Lunatic asylums Burma 1907-21 - 1907-1921
Year: 1907
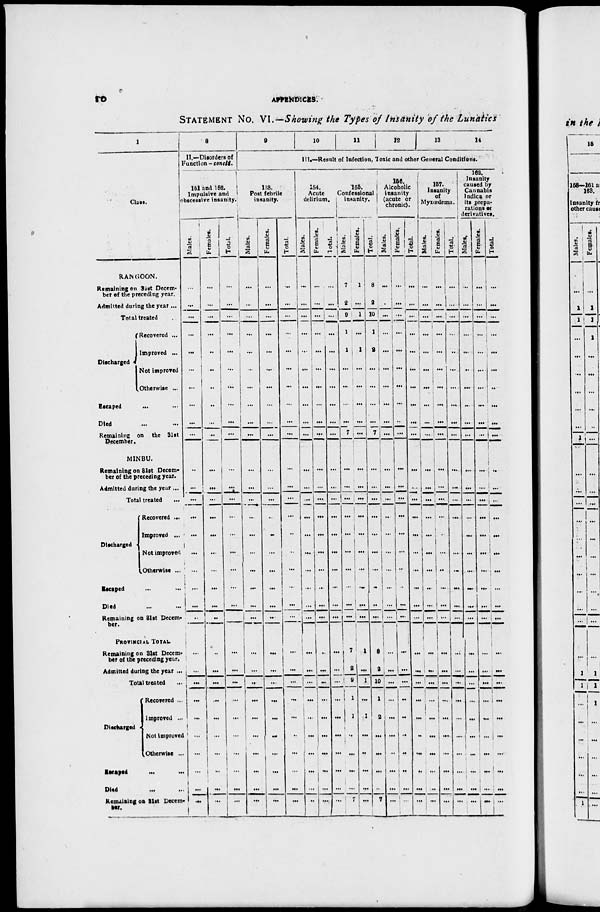
10
APPENDICES
STATEMENT No. VI.—Showing the Types of Insanity of the Lunatics
1
Class.
RANGOON.
Remaining on 31st Decem¬
ber of the preceding year.
Admitted during the year ...
Total treated ...
Discharged
Recovered ...
Improved ...
Not improved
Otherwise ...
Escaped ... ...
Died ... ...
Remaining on the 31st
December.
MINBU.
Remaining on 31st Decem¬
ber of the preceding year.
Admitted during the year ...
Total treated ...
Discharged
Recovered ...
Improved ...
Not improved
Otherwise ...
Escaped ... ...
Died
...
...
Remaining on 31st Decem¬
ber.
PROVINCIAL TOTAL.
Remaining on 31st Decem¬
ber of the preceding year.
Admitted during the year ...
Total treated
...
Discharged
Recovered ...
Improved ...
Not improved
Otherwise ...
Escaped ... ...
Died ...
Remaining on 31st Decem¬
8
II.—Disorders of
Function - concld.
151 and 152.
Impulsive and
obscessive insanity.
Males.
...
...
...
...
...
...
...
...
...
...
...
...
...
...
...
...
...
...
...
...
...
...
...
...
...
...
...
...
...
...
Females.
...
...
...
...
...
...
...
...
...
...
...
...
...
...
...
...
...
...
...
...
...
...
...
...
...
...
...
...
...
...
Total.
...
...
...
...
...
...
...
...
...
...
...
...
...
...
...
...
...
...
...
...
...
...
...
...
...
...
...
. . .
...
...
9
10
11
12
13
14
III.—Result of Infection, Toxic and other General Conditions.
153.
Post febrile
insanity.
Males.
...
...
...
...
...
...
...
...
...
...
...
...
...
...
...
...
...
...
...
...
...
...
...
...
...
...
...
...
...
...
Females.
...
...
...
...
...
...
...
...
...
...
...
...
...
...
...
...
...
...
...
...
...
...
...
...
...
...
...
...
...
...
Total.
...
...
...
...
...
...
...
...
...
...
...
...
...
...
...
...
...
...
...
...
...
...
...
...
...
...
...
...
...
...
154.
Acute
delirium.
Males.
...
...
...
...
...
...
...
...
...
...
...
...
...
...
...
...
...
...
...
...
...
...
...
...
...
...
...
...
...
...
Females.
...
...
...
...
...
...
...
...
...
...
...
...
...
...
...
...
...
...
...
...
...
...
...
...
...
...
...
...
...
...
Total.
...
...
...
...
...
...
...
...
...
...
...
...
...
...
...
...
...
...
...
...
...
...
...
...
...
...
...
...
...
...
155.
Confessional
insanity.
Males.
7
2
9
1
1
...
...
...
...
7
...
...
...
...
...
...
...
...
...
...
7
2
9
1
1
...
...
...
...
7
Females.
1
...
1
...
1
...
...
...
...
...
...
...
...
...
...
...
...
...
...
...
1
...
1
...
1
...
...
...
...
...
Total.
8
2
10
1
2
...
...
...
...
7
...
...
...
...
...
...
...
...
...
...
8
2
10
1
2
...
...
...
...
7
156.
Alcoholic
insanity
(acute or
chronic).
Males.
...
...
...
...
...
...
...
...
...
...
...
...
...
...
...
...
...
...
...
...
...
...
...
...
...
...
...
...
...
...
Females.
...
...
...
...
...
...
...
...
...
...
...
...
...
...
...
...
...
...
...
...
...
... ...
...
..
...
...
...
...
...
Total.
...
...
...
...
...
...
...
...
...
...
...
...
...
...
...
...
...
...
...
...
...
...
...
...
...
...
...
...
...
...
157.
Insanity
of
Myxœdema.
Males.
...
...
...
...
...
...
...
...
...
...
...
...
...
...
...
...
...
...
...
...
...
...
...
...
...
...
...
...
...
...
Females.
...
...
...
...
...
...
...
...
...
...
...
...
...
...
...
...
...
...
...
...
...
...
...
...
...
...
...
...
...
...
Total.
...
...
...
...
...
...
...
...
...
...
...
...
...
...
...
...
...
...
...
...
...
...
...
...
...
...
...
...
...
...
162.
Insanity
caused by
Cannabis
indica or
its prepa-
rations or
derivatives.
Males.
...
...
...
...
...
...
...
...
...
...
...
...
...
...
...
...
...
...
...
...
...
...
...
...
...
...
...
...
...
...
Females.
...
...
...
...
...
...
...
...
...
...
...
...
...
...
...
...
...
...
...
...
...
...
...
...
...
...
...
...
...
...
Total.
...
...
...
...
...
...
...
...
...
...
...
...
...
...
...
...
...
...
...
...
...
...
...
...
...
...
...
...
...
...